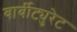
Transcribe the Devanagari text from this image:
बार्बीट्युरेट